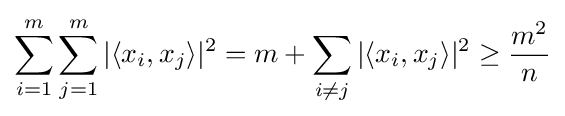
\sum _{i=1}^{m}\sum _{j=1}^{m}|\langle x_{i},x_{j}\rangle |^{2}=m+\sum _{i\neq j}|\langle x_{i},x_{j}\rangle |^{2}\geq {\frac {m^{2}}{n}}